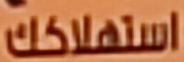
استهلاكك